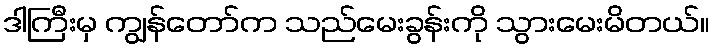
ဒါကြီးမှ ကျွန်တော်က သည်မေးခွန်းကို သွားမေးမိတယ်။